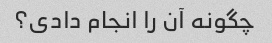
چگونه آن را انجام دادی؟